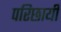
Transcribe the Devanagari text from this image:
परिछायी